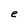
Character: e